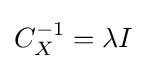
C_{X}^{-1}=\lambda I